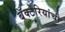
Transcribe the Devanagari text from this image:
बॅक्‍टेरियांची